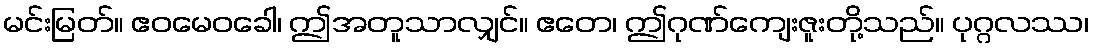
မင်းမြတ်။ ဧဝမေဝခေါ၊ ဤအတူသာလျှင်။ ဧတေ၊ ဤဂုဏ်ကျေးဇူးတို့သည်။ ပုဂ္ဂလဿ၊